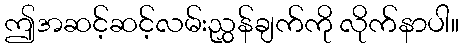
ဤအဆင့်ဆင့်လမ်းညွှန်ချက်ကို လိုက်နာပါ။